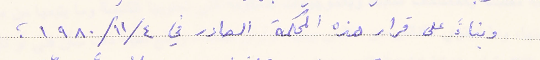
وبناء على قرار هذه المحكمة الصادر في ٤/ ١١/ ١٩٨٠؛